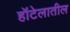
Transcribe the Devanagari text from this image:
हॉटेलातील